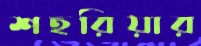
শহরিয়ার